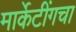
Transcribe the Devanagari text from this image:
मार्केटींगचा